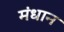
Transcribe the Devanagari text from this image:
मंधान